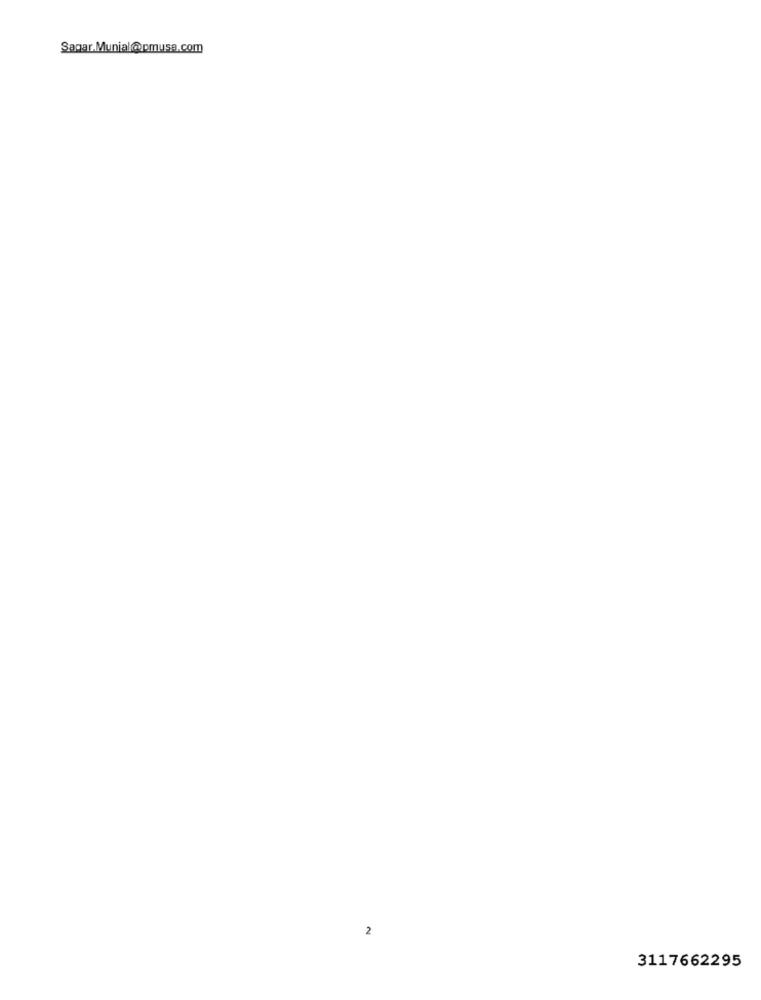
Sagar.Munial@ pmusa.com
2
3117662295